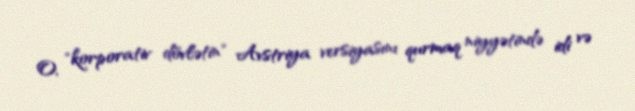
O, "korporativ dövlətin" Avstriya versiyasını qurmaq niyyətində idi və